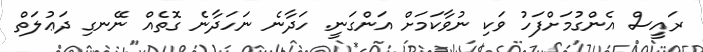
ރައީސް އެންގުމަށްފަހު ވަކި ނުވާކަމަށް އަންގަނީ. ހަދާނެ ނަހަދާނެ ގޮތެއް ނޭނގި ދަޢުލަތް